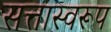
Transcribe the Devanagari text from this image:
सत्तास्वरूप